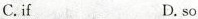
C.if D.so